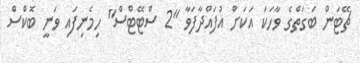
ޗޭޓަން ބަގަތްގެ ވާހަކަ އަކަށް އުފައްދާފަވާ ''2 ސްޓޭޓްސް'' ހިމެނިފައި ވަނީ ބޮކްސް